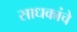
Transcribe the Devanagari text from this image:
साधकांचे